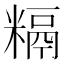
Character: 𥻥